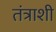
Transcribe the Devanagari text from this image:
तंत्राशी